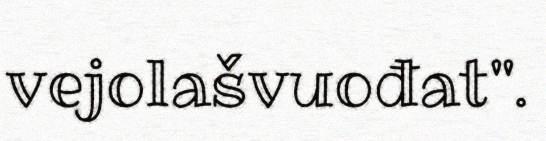
vejolašvuođat".